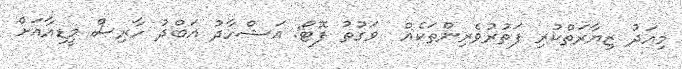
މިއަދު ޒިޔާރަތްކުރި ފަތުރުވެރިންތަކެއް  ވަގުތު ފޮޓޯ: އަޝްހާދު އަބްދު ހާރިސް މީޑިއާއަށް